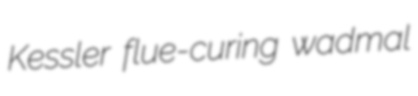
Kessler flue-curing wadmal